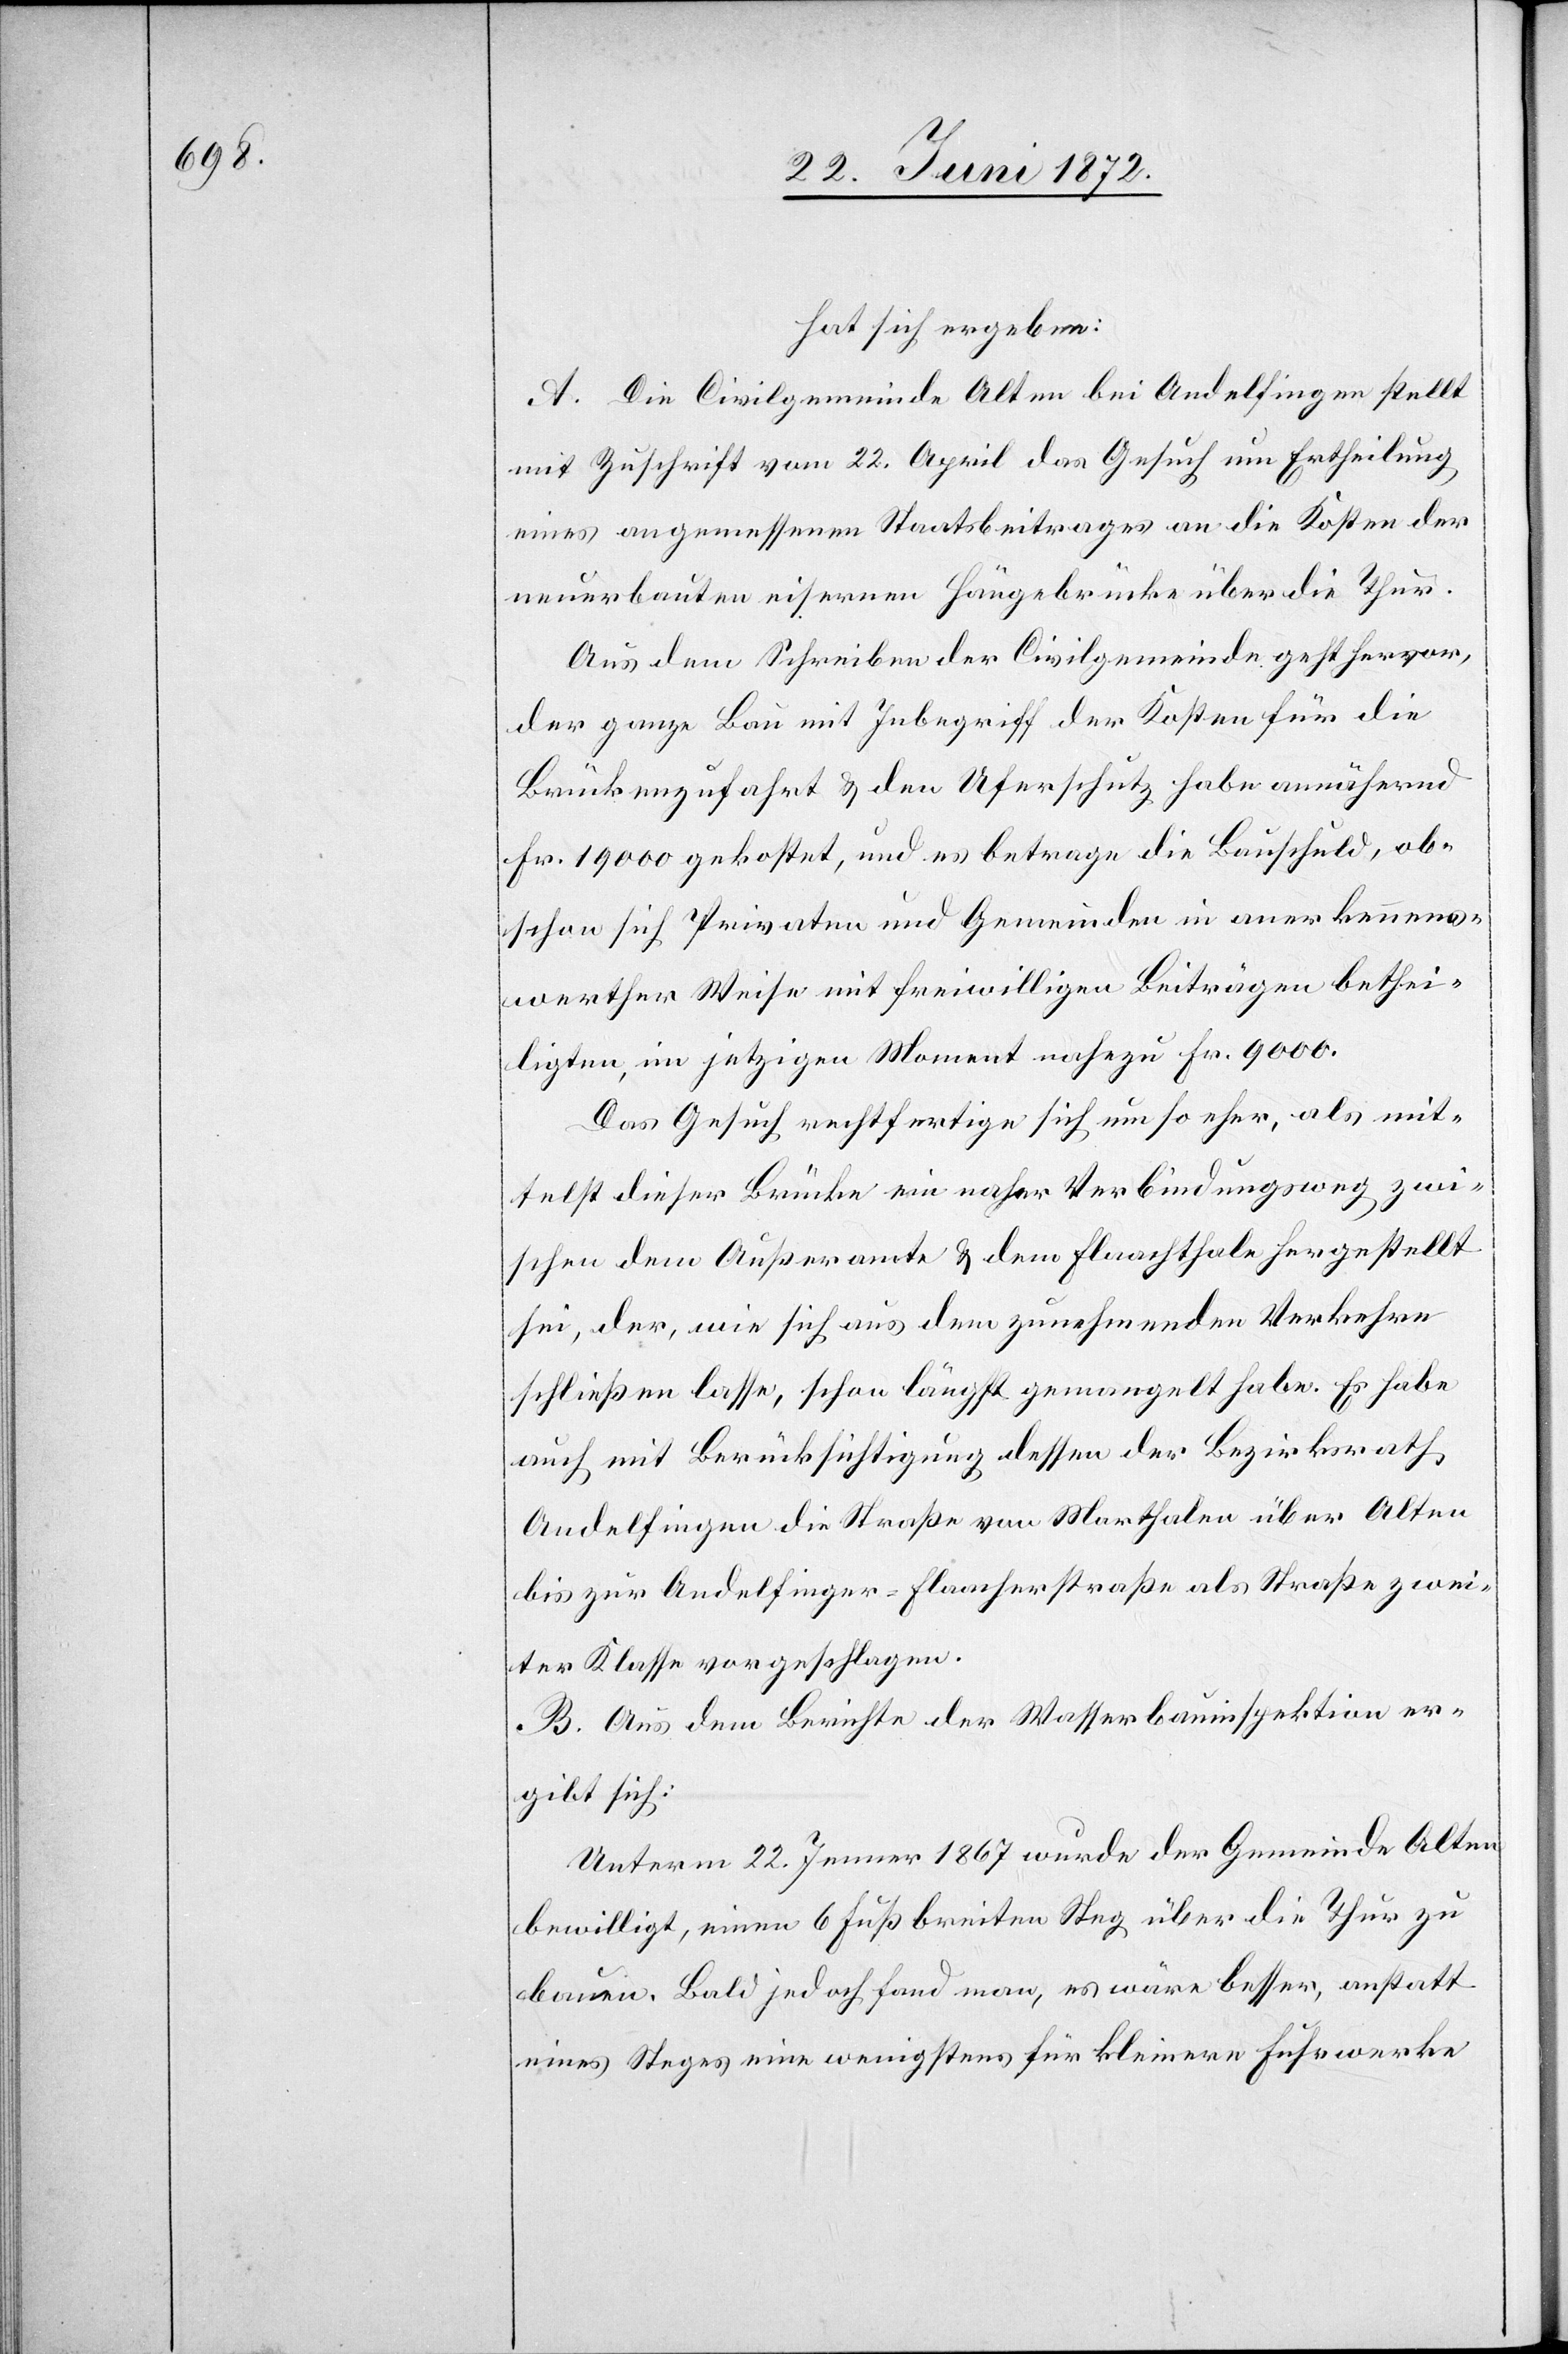
hat sich ergeben:
A. Die Civilgemeinde Alten bei Andelfingen stellt
mit Zuschrift vom 22. April das Gesuch um Ertheilung
eines angemessenen Staatsbeitrages an die Kosten der
neuerbauten eisernen Hängebrücke über die Thur.
Aus dem Schreiben der Civilgemeinde geht hervor,
der ganze Bau mit Inbegriff der Kosten für die
Brückenzufahrt u. den Uferschutz habe annähernd
Fr. 19 000 gekostet, und es betrage die Bauschuld, ob¬
schon sich Privaten [sic!] und Gemeinden in anerkennens¬
werther Weise mit freiwilligen Beiträgen bethei¬
ligten, im jetzigen Moment nahezu Fr. 9000.
Das Gesuch rechtfertige sich um so eher, als mit¬
telst dieser Brücke ein naher Verbindungsweg zwi¬
schen dem Außeramte u. dem Flaachthale hergestellt
sei, der, wie sich aus dem zunehmenden Verkehre
schließen lasse, schon längst gemangelt habe. Es habe
auch mit Berücksichtigung dessen der Bezirksrath
Andelfingen die Straße von Marthalen über Alten
bis zur Andelfinger-Flaacherstraße als Straße zwei¬
ter Klasse vorgeschlagen.
B. Aus dem Berichte der Wasserbauinspektion er¬
gibt sich:
Unterm 22. Jenner 1867 wurde der Gemeinde Alten
bewilligt, einen 6 Fuß breiten Steg über die Thur zu
bauen. Bald jedoch fand man, es wäre besser, anstatt
eines Steges eine wenigstens für kleinere Fuhrwerke